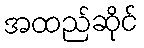
အထည်ဆိုင်